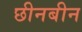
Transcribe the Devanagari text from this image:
छीनबीन